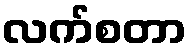
လက်စတာ